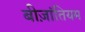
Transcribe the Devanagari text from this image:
बीज़ांतियम